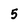
Character: 5